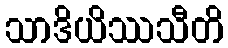
သာဒိယိဿသီတိ